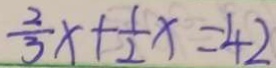
\frac { 2 } { 3 } x + \frac { 1 } { 2 } x = 4 2